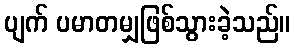
ပျက် ပမာတမျှဖြစ်သွားခဲ့သည်။